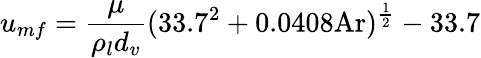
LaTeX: u_{mf}={\frac{\mu}{\rho_{l}d_{v}}}(33.7^{2}+0.0408{\mathrm{Ar}})^{\frac{1}{2}}-33.7